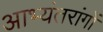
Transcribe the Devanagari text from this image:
आभ्यंतरांगों